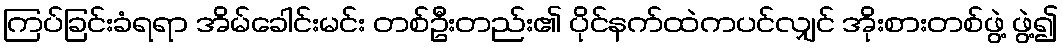
ကြပ်ခြင်းခံရရာ အိမ်ခေါင်းမင်း တစ်ဦးတည်း၏ ပိုင်နက်ထဲကပင်လျှင် အိုးစားတစ်ဖွဲ့ ဖွဲ့၍